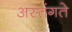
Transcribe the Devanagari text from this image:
अस्तंगते